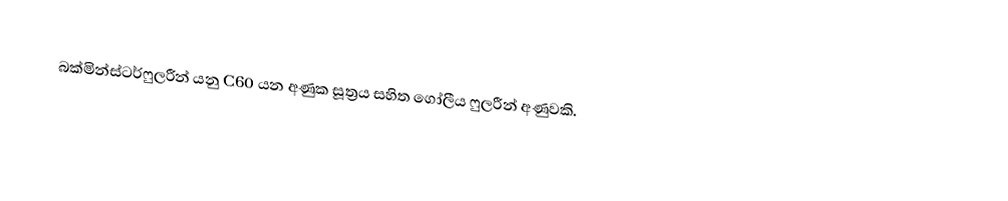
බක්මින්ස්ටර්ෆුලරීන්  යනු  C60 යන අණුක සූත්‍රය සහිත ගෝලීය ෆුලරීන් අණුවකි.